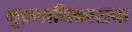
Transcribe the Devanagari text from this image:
मुद्रणाधिकाराचा